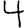
Digit: 4